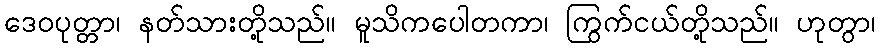
ဒေဝပုတ္တာ၊ နတ်သားတို့သည်။ မူသိကပေါတကာ၊ ကြွက်ငယ်တို့သည်။ ဟုတွာ၊